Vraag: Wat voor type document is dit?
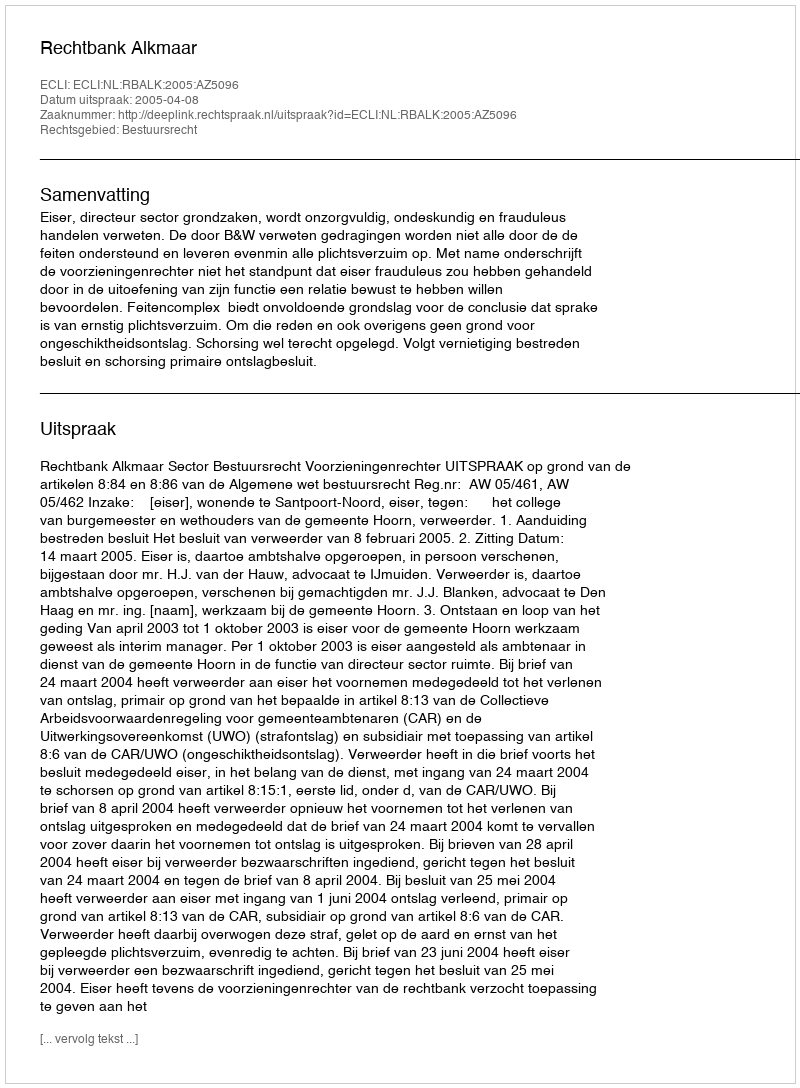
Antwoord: Uitspraak